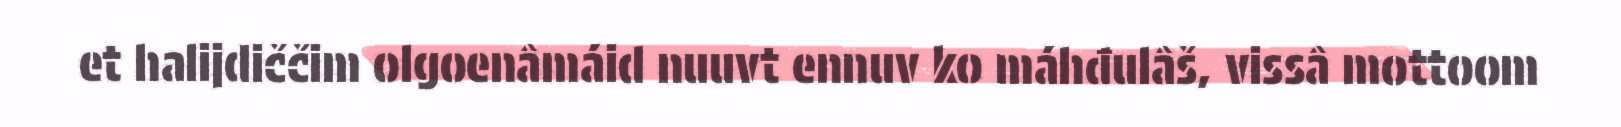
et halijdiččim olgoenâmáid nuuvt ennuv ko máhđulâš, vissâ mottoom